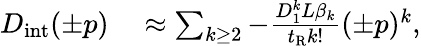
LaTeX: \begin{array}{rl}{D_{\mathrm{int}}(\pm p)}&{{}\approx\sum_{k\geq 2}-\frac{D_{1}^{k}L\beta_{k}}{t_{\mathrm{R}}k!}(\pm p)^{k},}\end{array}